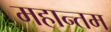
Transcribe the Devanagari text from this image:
महान्तम